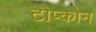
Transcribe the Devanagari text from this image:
टोप्कोन